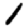
Digit: 1